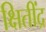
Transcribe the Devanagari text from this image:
क्षितींद्र